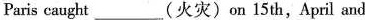
Paris caught___(火灾)on 15 th,April and